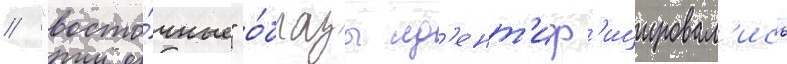
// "восто́чные" о́бразы ид'ент'иф'ицировал'ись